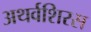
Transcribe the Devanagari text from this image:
अथर्वशिरस